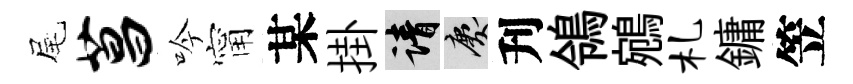
尾菖吟甯某掛請慶刋鴒鵷札鏞笠